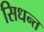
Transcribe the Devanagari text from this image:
सिधन्त